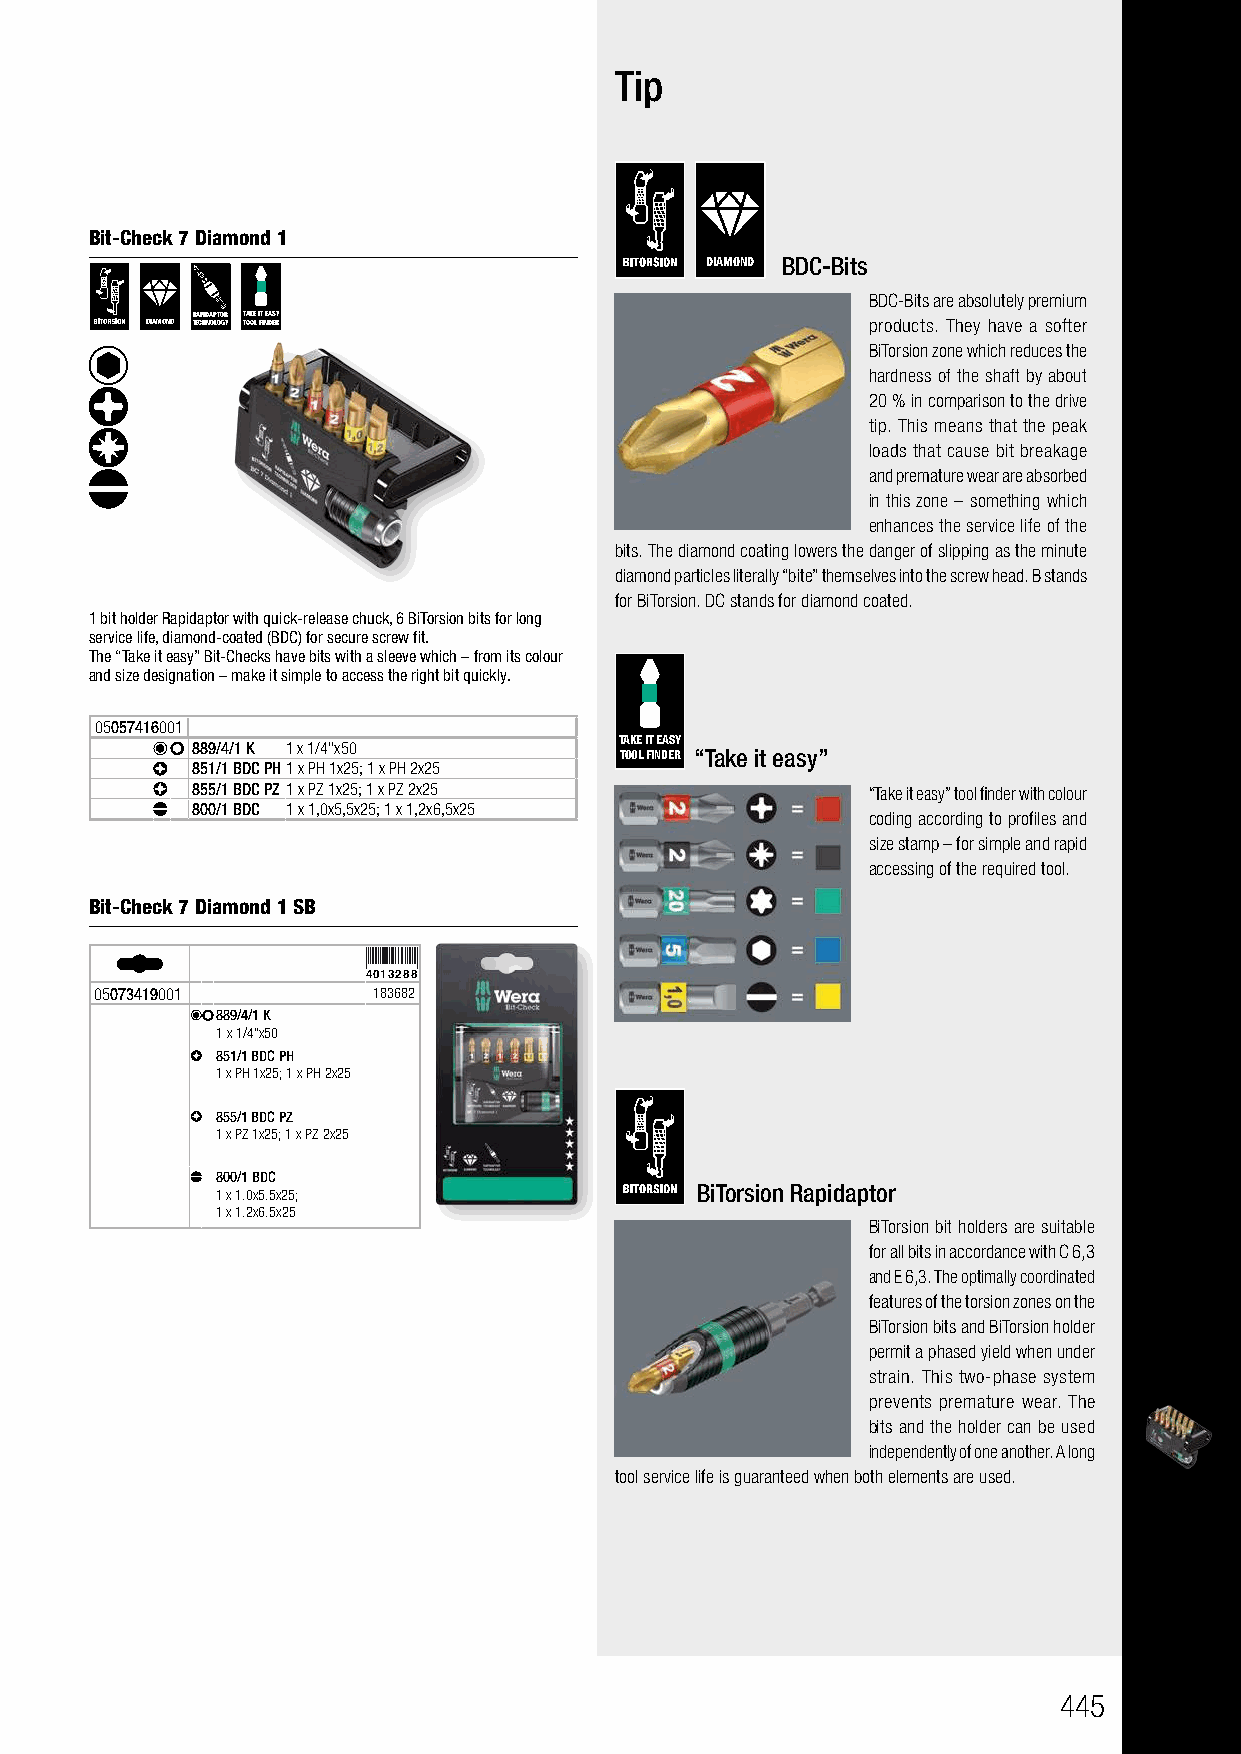
Bit-Checks Diamond                       Tip
 Bits with “bite”
 Bit-Check 7 Diamond 1
 DIAMOND BDC-Bits
 BDC-Bits are absolutely premium
 RAPIDAPTOR TAKE IT EASY
 DIAMOND TECHNOLOGY TOOL FINDER                 products. They have a softer
 BiTorsion zone which reduces the
 hardness of the shaft by about
 20 % in comparison to the drive
 tip. This means that the peak
 loads that cause bit breakage
 and premature wear are absorbed
 in this zone – something which
 enhances the service life of the
 bits. The diamond coating lowers the danger of slipping as the minute
 diamond particles literally “bite” themselves into the screw head. B stands
 for BiTorsion. DC stands for diamond coated.
 1 bit holder Rapidaptor with quick-release chuck, 6 BiTorsion bits for long
 service life, diamond-coated (BDC) for secure screw fit.
 The “Take it easy” Bit-Checks have bits with a sleeve which – from its colour
 and size designation – make it simple to access the right bit quickly.
 05057416001
 889/4/1 K 1 x 1/4"x50       TAKE IT EASY
 TOOL FINDER “Take it easy”
 851/1 BDC PH1 x PH 1x25; 1 x PH 2x25
 855/1 BDC PZ1 x PZ 1x25; 1 x PZ 2x25        “Take it easy” tool finder with colour
 800/1 BDC 1 x 1,0x5,5x25; 1 x 1,2x6,5x25
 coding according to profiles and
 size stamp – for simple and rapid
 accessing of the required tool.
 Bit-Check 7 Diamond 1 SB
 4013288
 05073419001        183682
 889/4/1 K
 1 x 1/4"x50
 851/1 BDC PH
 1 x PH 1x25; 1 x PH 2x25
 855/1 BDC PZ
 1 x PZ 1x25; 1 x PZ 2x25
 800/1 BDC
 1 x 1.0x5.5x25;                 BiTorsion Rapidaptor
 1 x 1.2x6.5x25
 BiTorsion bit holders are suitable
 for all bits in accordance with C 6,3
 and E 6,3. The optimally coordinated
 features of the torsion zones on the
 BiTorsion bits and BiTorsion holder
 permit a phased yield when under
 strain. This two-phase system
 prevents premature wear. The
 bits and the holder can be used
 independently of one another. A long
 tool service life is guaranteed when both elements are used.
 445